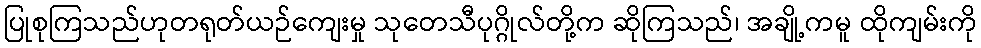
ပြုစုကြသည်ဟုတရုတ်ယဉ်ကျေးမှု သုတေသီပုဂ္ဂိုလ်တို့က ဆိုကြသည်၊ အချို့ကမူ ထိုကျမ်းကို